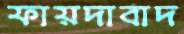
ফায়দাবাদ